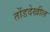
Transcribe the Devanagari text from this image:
तोंडदेखील